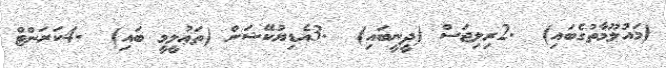
(މައުލޫމާތުގެބައި)  .2ރިލިޖަސް (ދީނީބައި)  .3އެޑިޔުކޭޝަން (ތަޢުލީމީ ބައި)  .4ކަރަންޓް